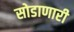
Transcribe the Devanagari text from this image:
सोडाणारी